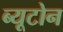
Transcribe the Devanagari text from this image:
ब्यूटोन